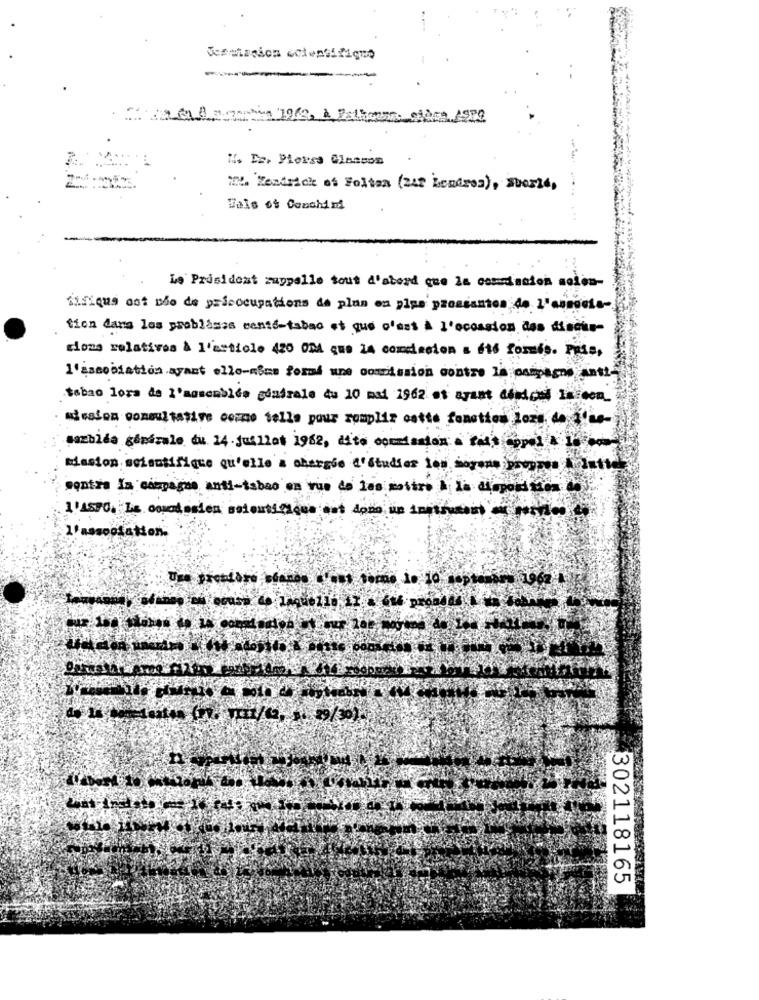
Jesenssion scientificno
PO
M. Dr. Piores Glasson
Zentrick of Foltan (zat Londres), Suerte,
Dals of Conchi mi
is Président rappelle tout d'abord que la commission moion-
Sifique ost ndo de pricocupations de plus en plus pressantes de L'associa-
tion dana les problèmes mente-tabac et que c'est À l'occasion des diache-
ciona relativos à l'article 420 OPA que La conclusion a 6ti formis. Puss,
l'association ayant ello-wiem formi une conclusion contro la osspagos anti-
tabao lora de I'moncables mondiale du 10 mai 1962 os arant Condomi arcom_
mission consultative cozmo selle pour remplir cette fonction Loze de l'as-
sazbida générale du 14 juillet 1962, dito commission a fast copel 10
mission scientifique qu'elle a chargio d'étudier les mogona proppen latte
sontra Is ciegagne anti-tabac en vue de las mostro A la diogoation do
l'association.
1962
302118165